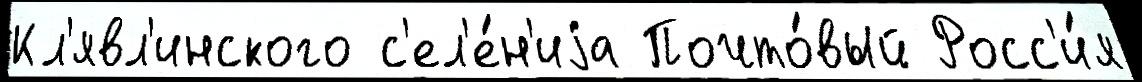
Кл'явл'инского с'ел'е́н'иjа Почто́вый Росс'и́я